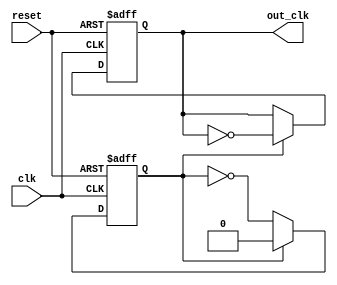
module clock_divider_by4(clk, reset, out_clk);
	//input
	input clk;
	input reset;
	
	//output
	output reg out_clk;
	
	//register
	reg counter;
	
	//logic
	initial begin
		out_clk <= 1'b0;
		counter <= 1'b0;
	end
	
	always@(posedge clk or posedge reset) begin
		if (reset) begin
			out_clk <= 1'b0;
			counter <= 1'b0;
		end else if (counter == 1'b1) begin
			out_clk <= ~out_clk;
			counter <= 1'b0;
		end else begin
			counter <= ~counter;
		end
	end
	
endmodule